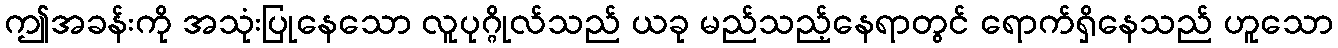
ဤအခန်းကို အသုံးပြုနေသော လူပုဂ္ဂိုလ်သည် ယခု မည်သည့်နေရာတွင် ရောက်ရှိနေသည် ဟူသော